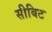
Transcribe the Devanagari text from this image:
सीबिट